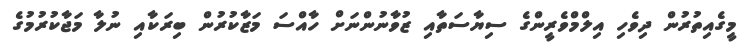
މީގެއިތުރުން ދިވެހި އިލްމްވެރީންގެ ސިޔާސަތާއި ޒުވާނުންނަށް ހާއްސަ މަޒާކުރުން ބިރަކާއި ނުލާ މަޖާކުރުމުގެ